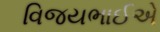
વિજયભાઈએ